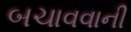
બચાવવાની